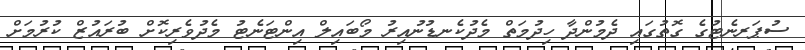
ސުޕަރނެޓުގެ ގޮތުގައި ދެމުންދާ ހިދުމަތް މެދުކެނޑުނުއިރު މޯބައިލް އިންޓަނެޓު މެދުވެރިކޮށް ބުރައުޒް ކުރުމަށް